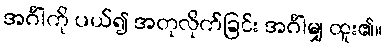
အင်္ဂါကို ပယ်၍ အတုလိုက်ခြင်း အင်္ဂါမျှ ထူး၏။